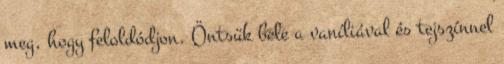
meg, hogy feloldódjon. Öntsük bele a vaníliával és tejszínnel